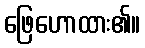
ဖြေဟောထား၏။